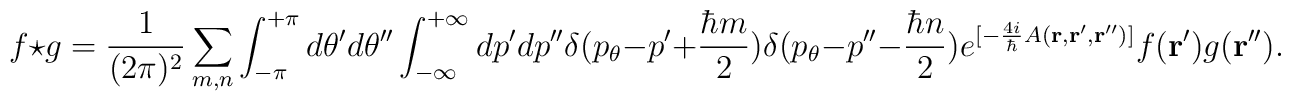
f \star g =  \frac{1}{(2\pi )^2}\sum_{m, n}\int_{-\pi}^{+\pi} d\theta ' d \theta '' \int_{-\infty}^{+\infty} dp' dp'' \delta (p_{\theta} - p' +\frac{\hbar m}{2} ) \delta(p_{\theta} - p'' - \frac{\hbar n}{2}  )e^{[-\frac{4i}{\hbar}A({\bf r}, {\bf r} ', {\bf r} '')]}f({\bf r}') g ({\bf r}'').